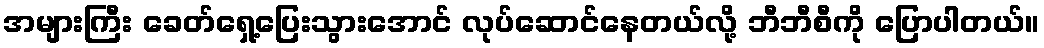
အများကြီး ခေတ်ရှေ့ပြေးသွားအောင် လုပ်ဆောင်နေတယ်လို့ ဘီဘီစီကို ပြောပါတယ်။